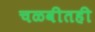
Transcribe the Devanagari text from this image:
चळवीतही